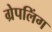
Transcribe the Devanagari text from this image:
ग्रेपलिंग